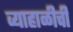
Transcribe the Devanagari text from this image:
व्याहाळीची